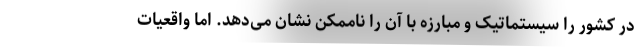
در کشور را سیستماتیک و مبارزه با آن را ناممکن نشان می‌دهد. اما واقعیات